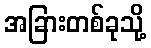
အခြားတစ်ခုသို့